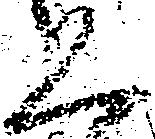
恐